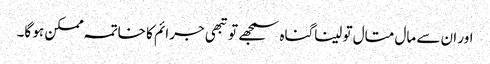
اور ان سے مال متال تو لیناگناہ سمجھے تو تبھی جرائم کا خاتمہ ممکن ہو گا۔